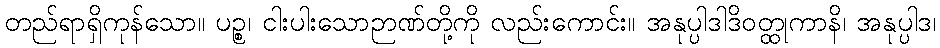
တည်ရာရှိကုန်သော။ ပဉ္စ၊ ငါးပါးသောဉာဏ်တို့ကို လည်းကောင်း။ အနုပ္ပါဒါဒိဝတ္ထုကာနိ၊ အနုပ္ပါဒ၊